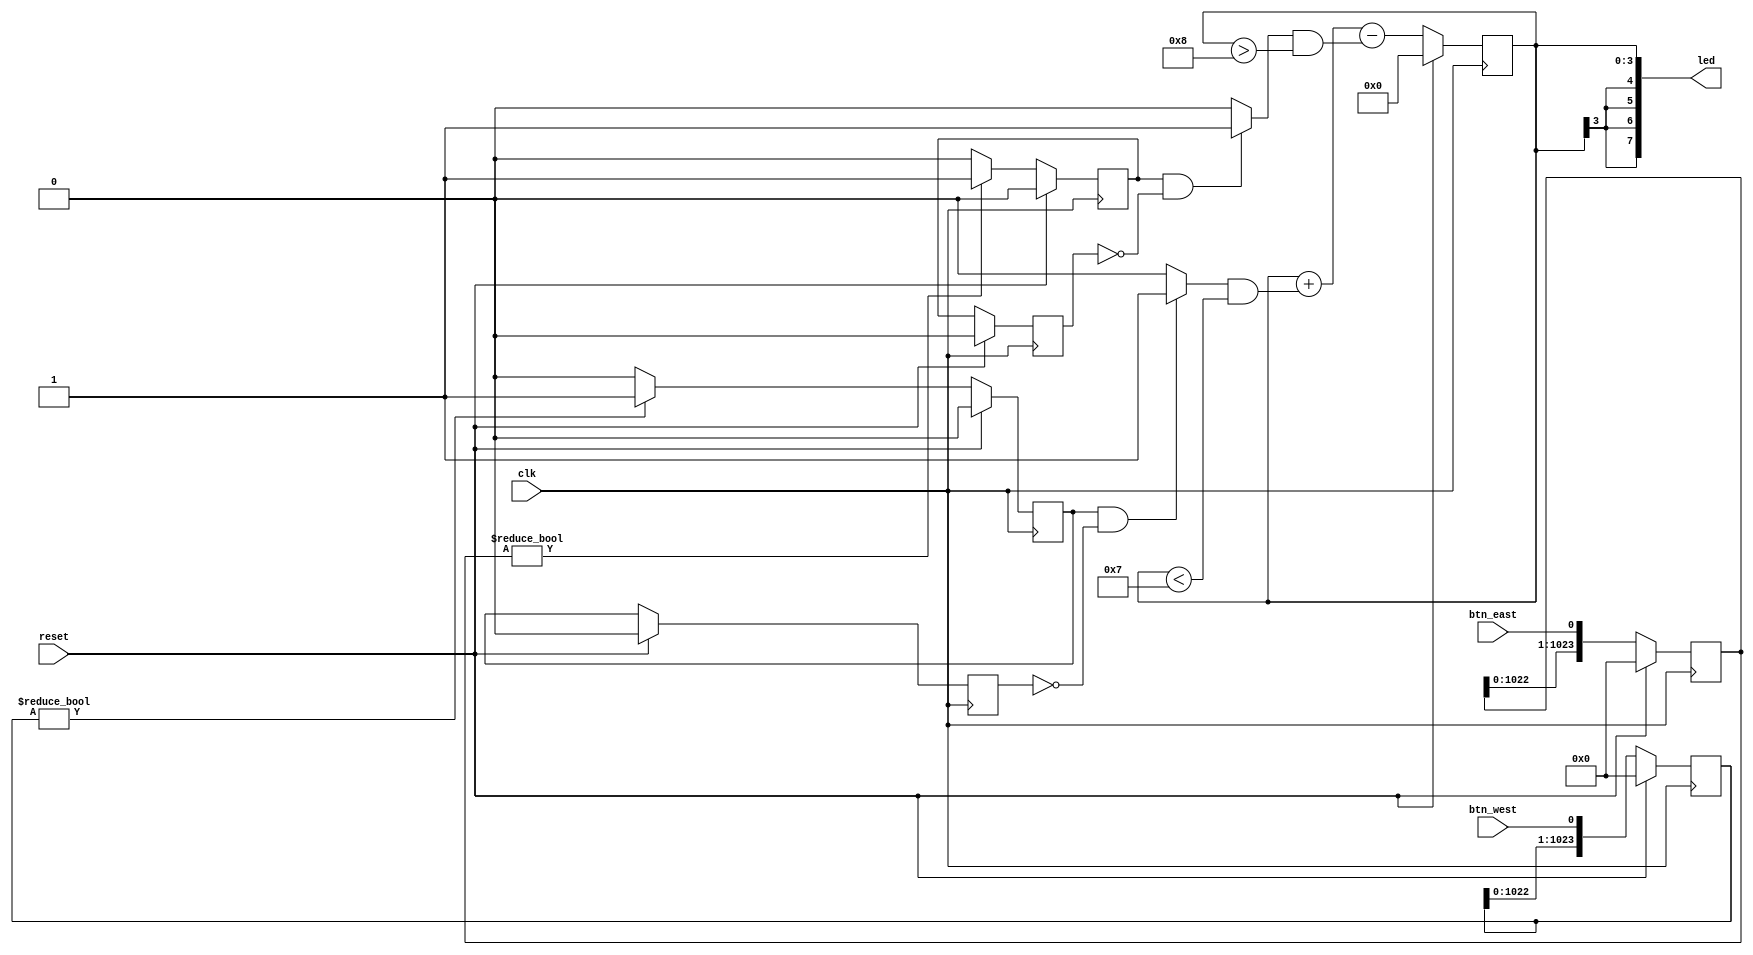
`timescale 1ns / 1ps
//////////////////////////////////////////////////////////////////////////////////
// Company: 
// Engineer: 
// 
// Design Name: 
// Module Name:    lab3 
// Project Name: 
// Target Devices: 
// Tool versions: 
// Description: 
//
// Dependencies: 
//
// Revision: 
// Revision 0.01 - File Created
// Additional Comments: 
//
//////////////////////////////////////////////////////////////////////////////////
module lab3(
	input clk,reset,btn_east,btn_west,
	output [7:0]led
    );
reg signed[3:0] counter;
wire east_hit,west_hit;
reg east_level,west_level,pre_east,pre_west;
reg [1023:0] east;
reg [1023:0] west;

assign led={counter[3],counter[3],counter[3],counter[3],counter};
assign east_hit= east_level==1 && pre_east==0 ? 1:0;
assign west_hit= west_level==1 && pre_west==0 ? 1:0;

always @(posedge clk)
begin
	if(reset==1)
	begin
			pre_east <= 0;
			pre_west <= 0;
	end
	else
	begin
		pre_east <= east_level;
		pre_west <= west_level; 
	end
end 

always @(posedge clk)
begin
	if(reset==1)
		counter <= 4'b0;
	else
		counter <= counter + (west_hit == 1 && counter < 7) - (east_hit == 1 && counter > -8);
end

always @(posedge clk)
begin
	if(reset==1)
	begin
		east_level <= 0;
		west_level <= 0;
		east <= 0;
		west <= 0;
	end
	else
	begin
		east_level <= (east != 0? 1:0);
		west_level <= (west != 0? 1:0);
		east <= { east[1022:0], btn_east };
		west <= { west[1022:0], btn_west };
	end
end
endmodule